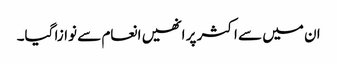
ان میں سے اکثر پر انھیں انعام سے نوازا گیا۔